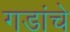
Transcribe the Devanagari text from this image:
गडांचे